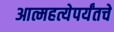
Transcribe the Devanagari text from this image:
आत्महत्येपर्यंतचे